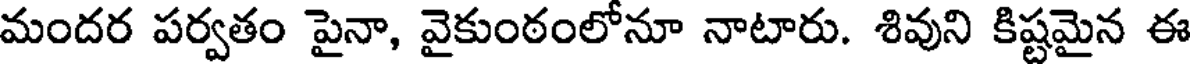
మందర పర్వతం పైనా, వైకుంఠంలోనూ నాటారు. శివుని కిష్టమైన ఈ